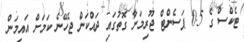
ޓެކްސް ގެ 0.5 ޕަސެންޓް ޖޫރިމަނާ ގޮތުގައި ދައްކަން ޖެހޭނެ ކަމަށް އައިމަން